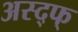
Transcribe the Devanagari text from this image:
अस्द्फ्